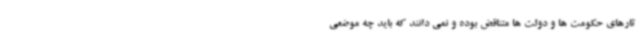
تارهای حکومت ها و دولت ها متناقض بوده و نمی دانند که باید چه موضعی